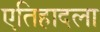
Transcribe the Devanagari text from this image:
एतिहादला